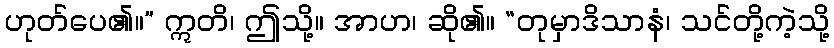
ဟုတ်ပေ၏။” ဣတိ၊ ဤသို့။ အာဟ၊ ဆို၏။ “တုမှာဒိသာနံ၊ သင်တို့ကဲ့သို့